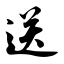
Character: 送